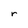
Character: r